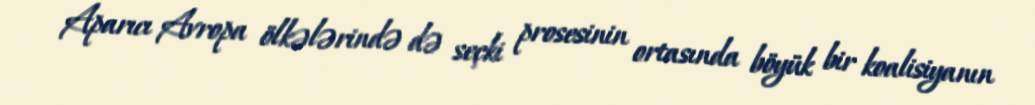
Aparıcı Avropa ölkələrində də seçki prosesinin ortasında böyük bir koalisiyanın